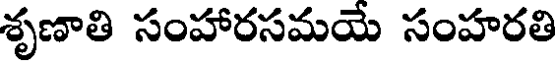
శృణాతి సంహారసమయే సంహరతి